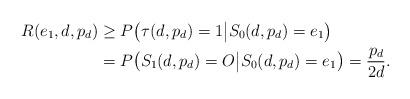
LaTeX: \begin{align*}R(e_1,d,p_d)&\geq P\big(\tau(d,p_d)=1\big|S_0(d,p_d)=e_1\big)\\&=P\big(S_1(d,p_d)=O\big|S_0(d,p_d)=e_1\big)=\frac{p_d}{2d}.\end{align*}